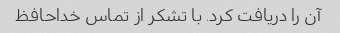
آن را دریافت کرد. با تشکر از تماس خداحافظ